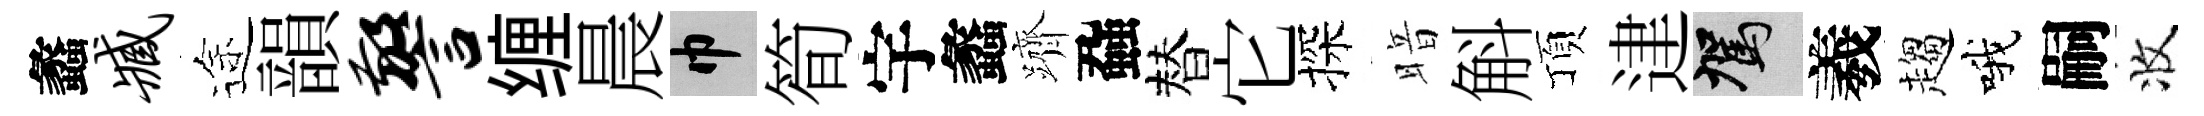
蠡臧途韻警缠晨巾筍宇蠡躋蝨替它探暗斛頂䢖駕羲趨哦嗣收